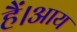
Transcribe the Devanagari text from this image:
हैं।आय